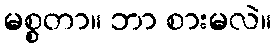
မစ္စတာ။ ဘာ စားမလဲ။